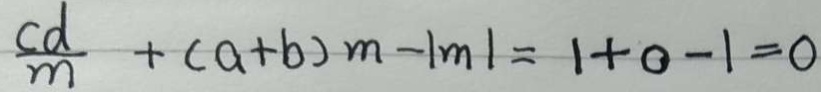
\frac { c d } { m } + ( a + b ) m - \vert m \vert = 1 + 0 - 1 = 0